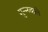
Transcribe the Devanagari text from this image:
सुन्न्य्वाले